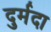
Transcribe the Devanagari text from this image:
दुर्मदा